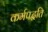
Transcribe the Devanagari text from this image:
कर्मपद्धति